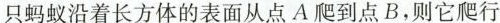
只蚂蚁沿着长方体的表面从点A爬到点B，则它爬行